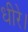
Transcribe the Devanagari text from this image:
धीरे।